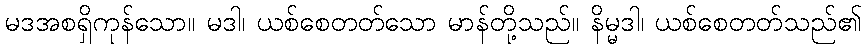
မဒအစရှိကုန်သော။ မဒါ၊ ယစ်စေတတ်သော မာန်တို့သည်။ နိမ္မဒါ၊ ယစ်စေတတ်သည်၏